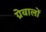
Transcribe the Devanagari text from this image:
ग्रेवालों